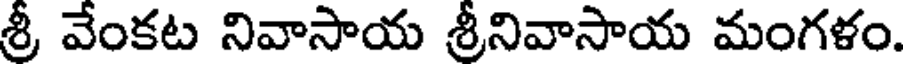
శ్రీ వేంకట నివాసాయ శ్రీనివాసాయ మంగళం.